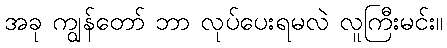
အခု ကျွန်တော် ဘာ လုပ်ပေးရမလဲ လူကြီးမင်း။